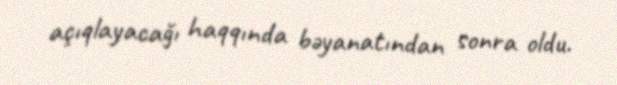
açıqlayacağı haqqında bəyanatından sonra oldu.